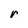
Character: r